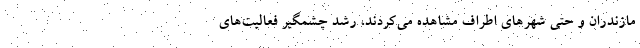
مازندران و حتی شهرهای اطراف مشاهده می‌کردند، رشد چشمگیر فعالیت‌های